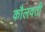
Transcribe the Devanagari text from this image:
कौलवती